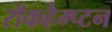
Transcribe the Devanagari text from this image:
रॉकहैम्प्टन